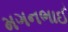
મગનભાઈ